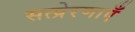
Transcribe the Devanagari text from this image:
सत्प्रेरणाएँ